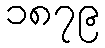
၁၈၇၉